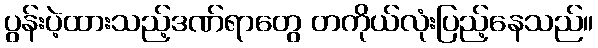
ပွန်းပဲ့ထားသည့်ဒဏ်ရာတွေ တကိုယ်လုံးပြည့်နေသည်။